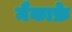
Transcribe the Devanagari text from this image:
मैकाफ्रे